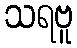
သရဗူ